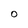
Character: o